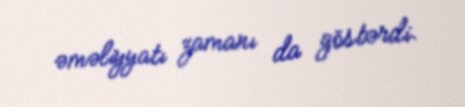
əməliyyatı zamanı da göstərdi.